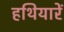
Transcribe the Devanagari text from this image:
हथियारें